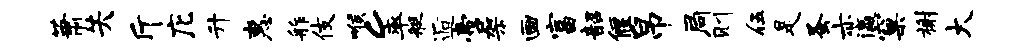
萧失斤庀升惠舴伎喉c率艇逅啻架画富韶偃帛局则伍是蚤亦瀛窠榭大